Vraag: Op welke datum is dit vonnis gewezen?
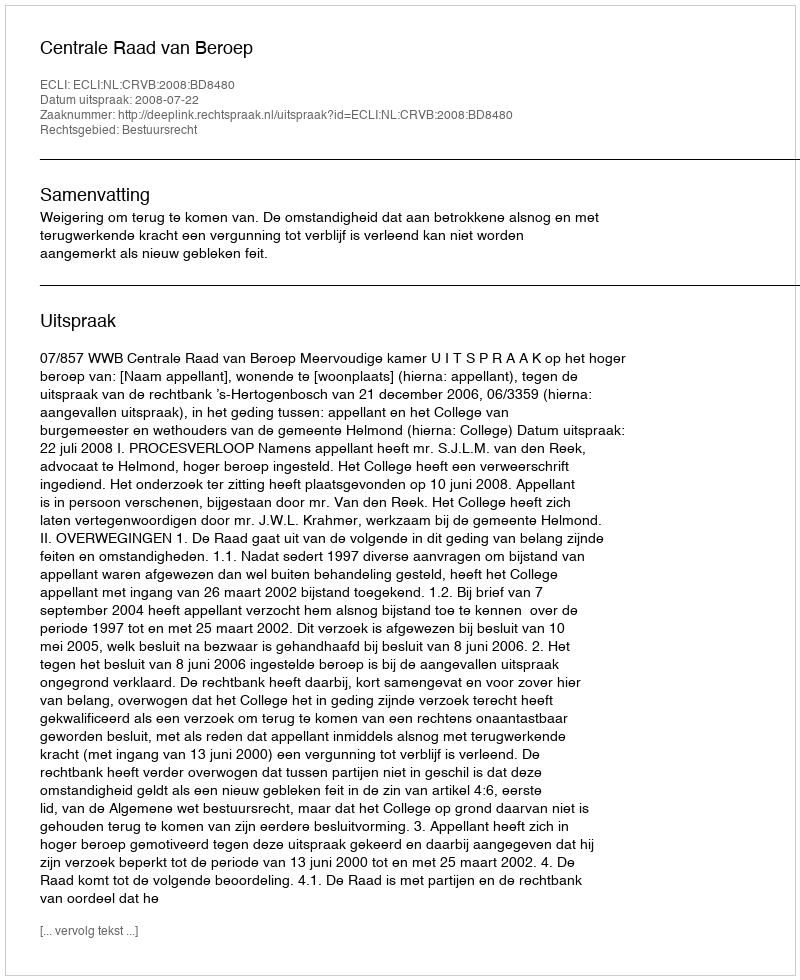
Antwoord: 2008-07-22